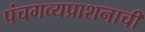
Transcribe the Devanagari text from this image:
पंचगव्यप्राशनाची